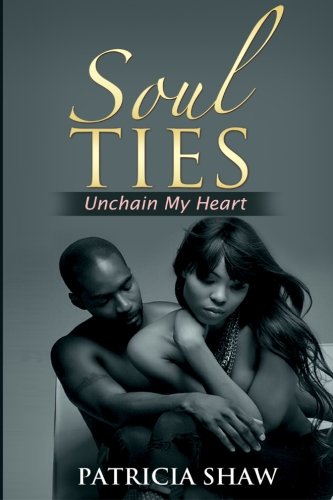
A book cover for Soul Ties: Unchain My Heart; Patricia Hardy Shaw; Literature & Fiction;